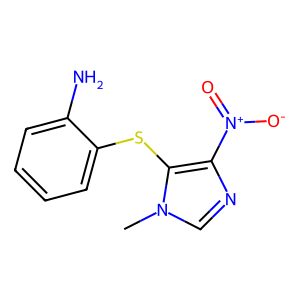
SMILES: Cn1cnc([N+](=O)[O-])c1Sc1ccccc1N
Inhibits HIV replication: No